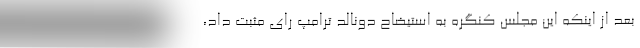
بعد از اینکه این مجلس کنگره به استیضاح دونالد ترامپ رای مثبت داد،